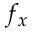
f _ { x }